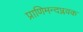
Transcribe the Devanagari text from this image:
प्राणिमन्दप्लवक